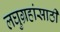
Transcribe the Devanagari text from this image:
लघुग्रहांसाठी